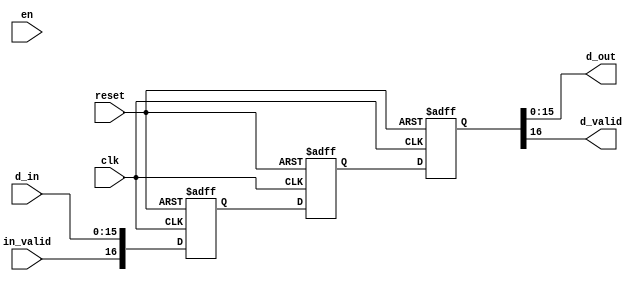
//NICE TO REUSE CODE I WROTE, LOL
module buffer #(
    parameter word_size = 16,
    buffer_length = 3
) (
    input wire clk, en, in_valid, reset,   
    input wire [word_size-1: 0] d_in,
    output wire [word_size-1: 0] d_out,
    output wire d_valid
);


//SIGNAL DECLARATION
reg [word_size: 0] ibuffer [buffer_length-1: 0];
integer i;

always @(posedge clk, posedge reset) begin

    if (reset) begin
        for (i = 0; i <= buffer_length-1; i = i + 1) begin
            ibuffer[i] <= 0;
        end
       
    end
    else  begin
        // if(en)
        ibuffer[buffer_length-1] <= {in_valid, d_in};

        //generate
        for (i = 0; i <= buffer_length-2; i = i + 1) begin
            // if (en)
            ibuffer[i] <= ibuffer[i + 1];
        end
        //endgenerate
    end
end
assign d_out = ibuffer[0][word_size-1: 0];
assign d_valid = ibuffer[0][word_size];
    
endmodule